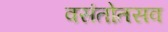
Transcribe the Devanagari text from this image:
वसंतोतसव